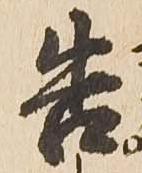
告